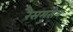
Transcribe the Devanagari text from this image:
रैसमुसेन